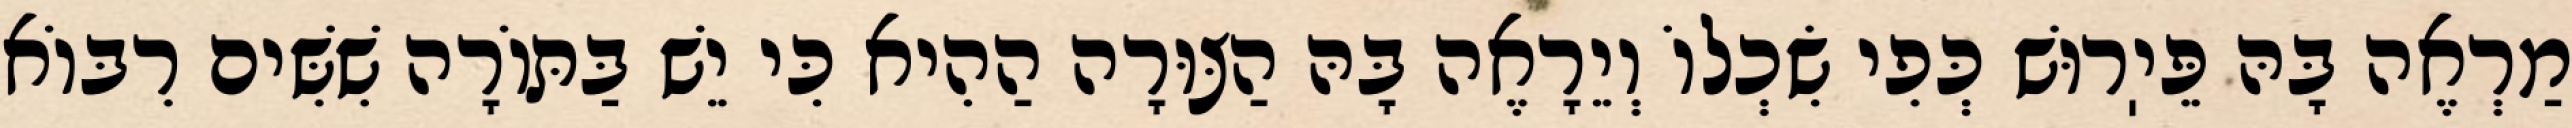
מַרְאֶה בָּהּ פֵּיֽרוּשׁ כְּפִי שִׂכְלוֹ וְיֵרָאֶה בָּהּ הַצּוּרָה הַהִיא כִּי יֵשׁ בַּתּוֹרָה שִׁשִּׁים רִבּוֹא